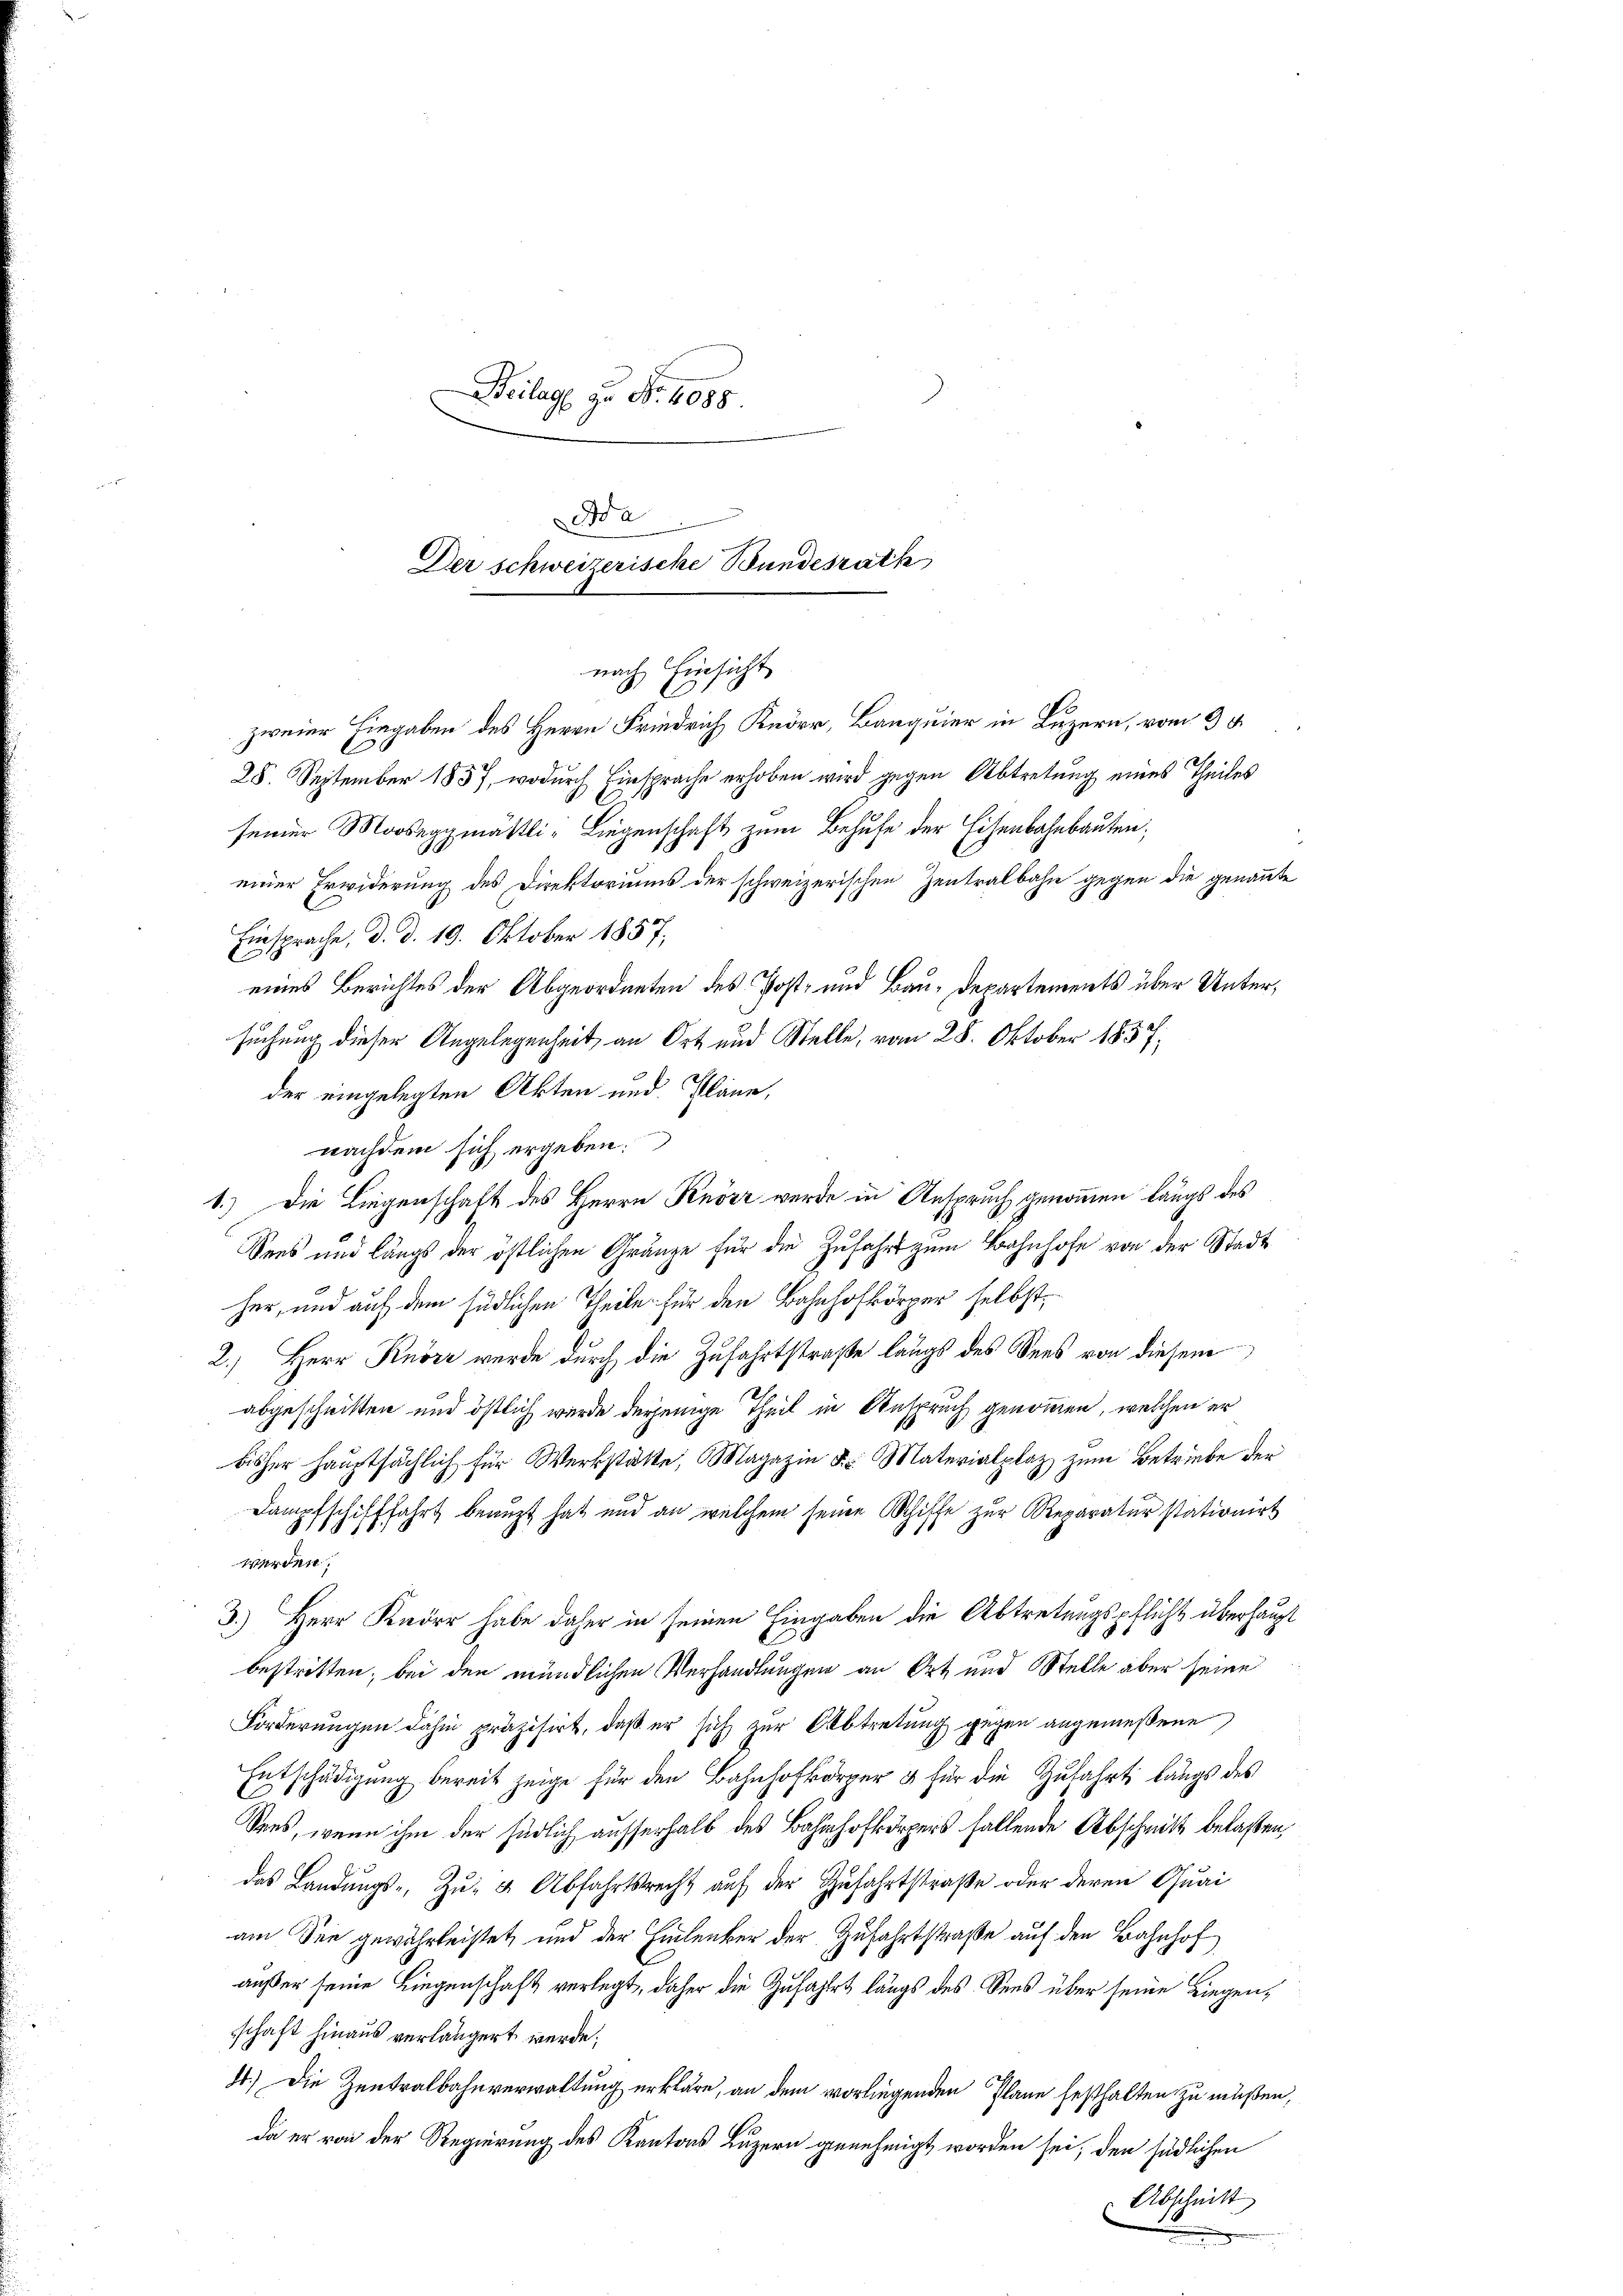
Beilage zu Nr. 4088.

a
Der Schweizerische Bundesrath
nach Einsicht
zweier Eingaben des Herrn Friedrich K. Banquier in Luzern, vom 3
28. September 1857, wodurch Einsprache erhoben wird gegen Abtretung eines Theiles
seiner Mooseggmäßli-Liegenschaft zum Behufe der Eisenbahnbauten;
einer Erwiderung des Direktoriums der schweizerischen Zentralbahn gegen die genannte

Einsprache, d. d. 19. Oktober 1857;
eines Berichtes der Abgeordneten des Post- und Bau-Departements über Untersuchung dieser Angelegenheit an Ort und Stelle, vom 28. Oktober 1857,
der eingelegten Akten und Pläne,
nachdem sich ergeben.
1.) Die Liegenschaft des Herrn Knörr werde in Anspruch genommen langs des
Sees und längs der östlichen Gränze für die Zufahrt zum Bahnhofe von der Stadt
her, und auf dem südlichen Theile für den Bahnhofkörper selbst,
2.) Herr Knörr wurde durch die Zufahrtstraße längs des Sees von diesem
abgeschnitten und östlich wurde derjenige Theil in Anspruch genommen, welchen er
bisher hauptsächlich für Werkstatte, Magazin d. Materialplaz zum Betriebe der
Dampfschifffahrt beaŭft hat und an welchem seine Schiffe zŭr Reparatur stationirt
werden.
3.) Herr Knörr habe daher in seinen Eingaben die Abtretungspflicht überhaupt
bestritten, bei den mündlichen Verhandlungen an Ort und Stelle aber seine
Forderungen dahin präzisirt, daß er sich zur Abtretung gegen angemeßene
Entschädigung bereit zeige für den Bahnhofer & für die Zufahrt längs des
Sees, wenn ihm der südlich ausserhalb des Bahnhofkörpers fallende Abschritt belaßen
das Landungs- Zu- & Abfahrtsrecht auf der Zufahrtstraße oder deren Quai
am See gewährleistet, und der Einlenker der Zufahrtstraße auf den Bahnhof
außer seine Liegenschaft verlegt, daher die Zufahrt längs des Sees über seine Liegenschaft hinaus verlängert werde;
4.) Die Zentralbahnverwaltung erkläre, an dem vorliegenden Plane festhalten zu müßen,
da er von der Regierung des Kantons Luzern genehmigt worden sei, den südlichen
 Abschnitt
u